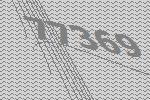
77369